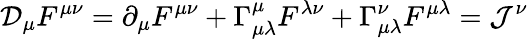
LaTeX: {\cal D}_{\mu}F^{\mu\nu}=\partial_{\mu}F^{\mu\nu}+\Gamma_{\mu\lambda}^{\mu}F^{\lambda\nu}+\Gamma_{\mu\lambda}^{\nu}F^{\mu\lambda}={\cal J}^{\nu}